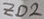
Text: ZD2